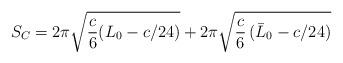
LaTeX: \begin{align*}S_C= 2\pi \sqrt{{c\over 6} (L_{0} - c/24)} +2\pi \sqrt{{c \over 6} \,(\bar{L}_0 - c/24)}\end{align*}